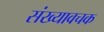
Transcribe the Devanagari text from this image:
संख्यावचक